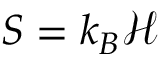
S = k _ { B } \mathcal { H }